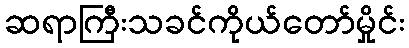
ဆရာကြီးသခင်ကိုယ်တော်မှိုင်း